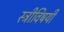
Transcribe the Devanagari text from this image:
स्त्रीविषयी